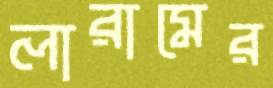
লারামের